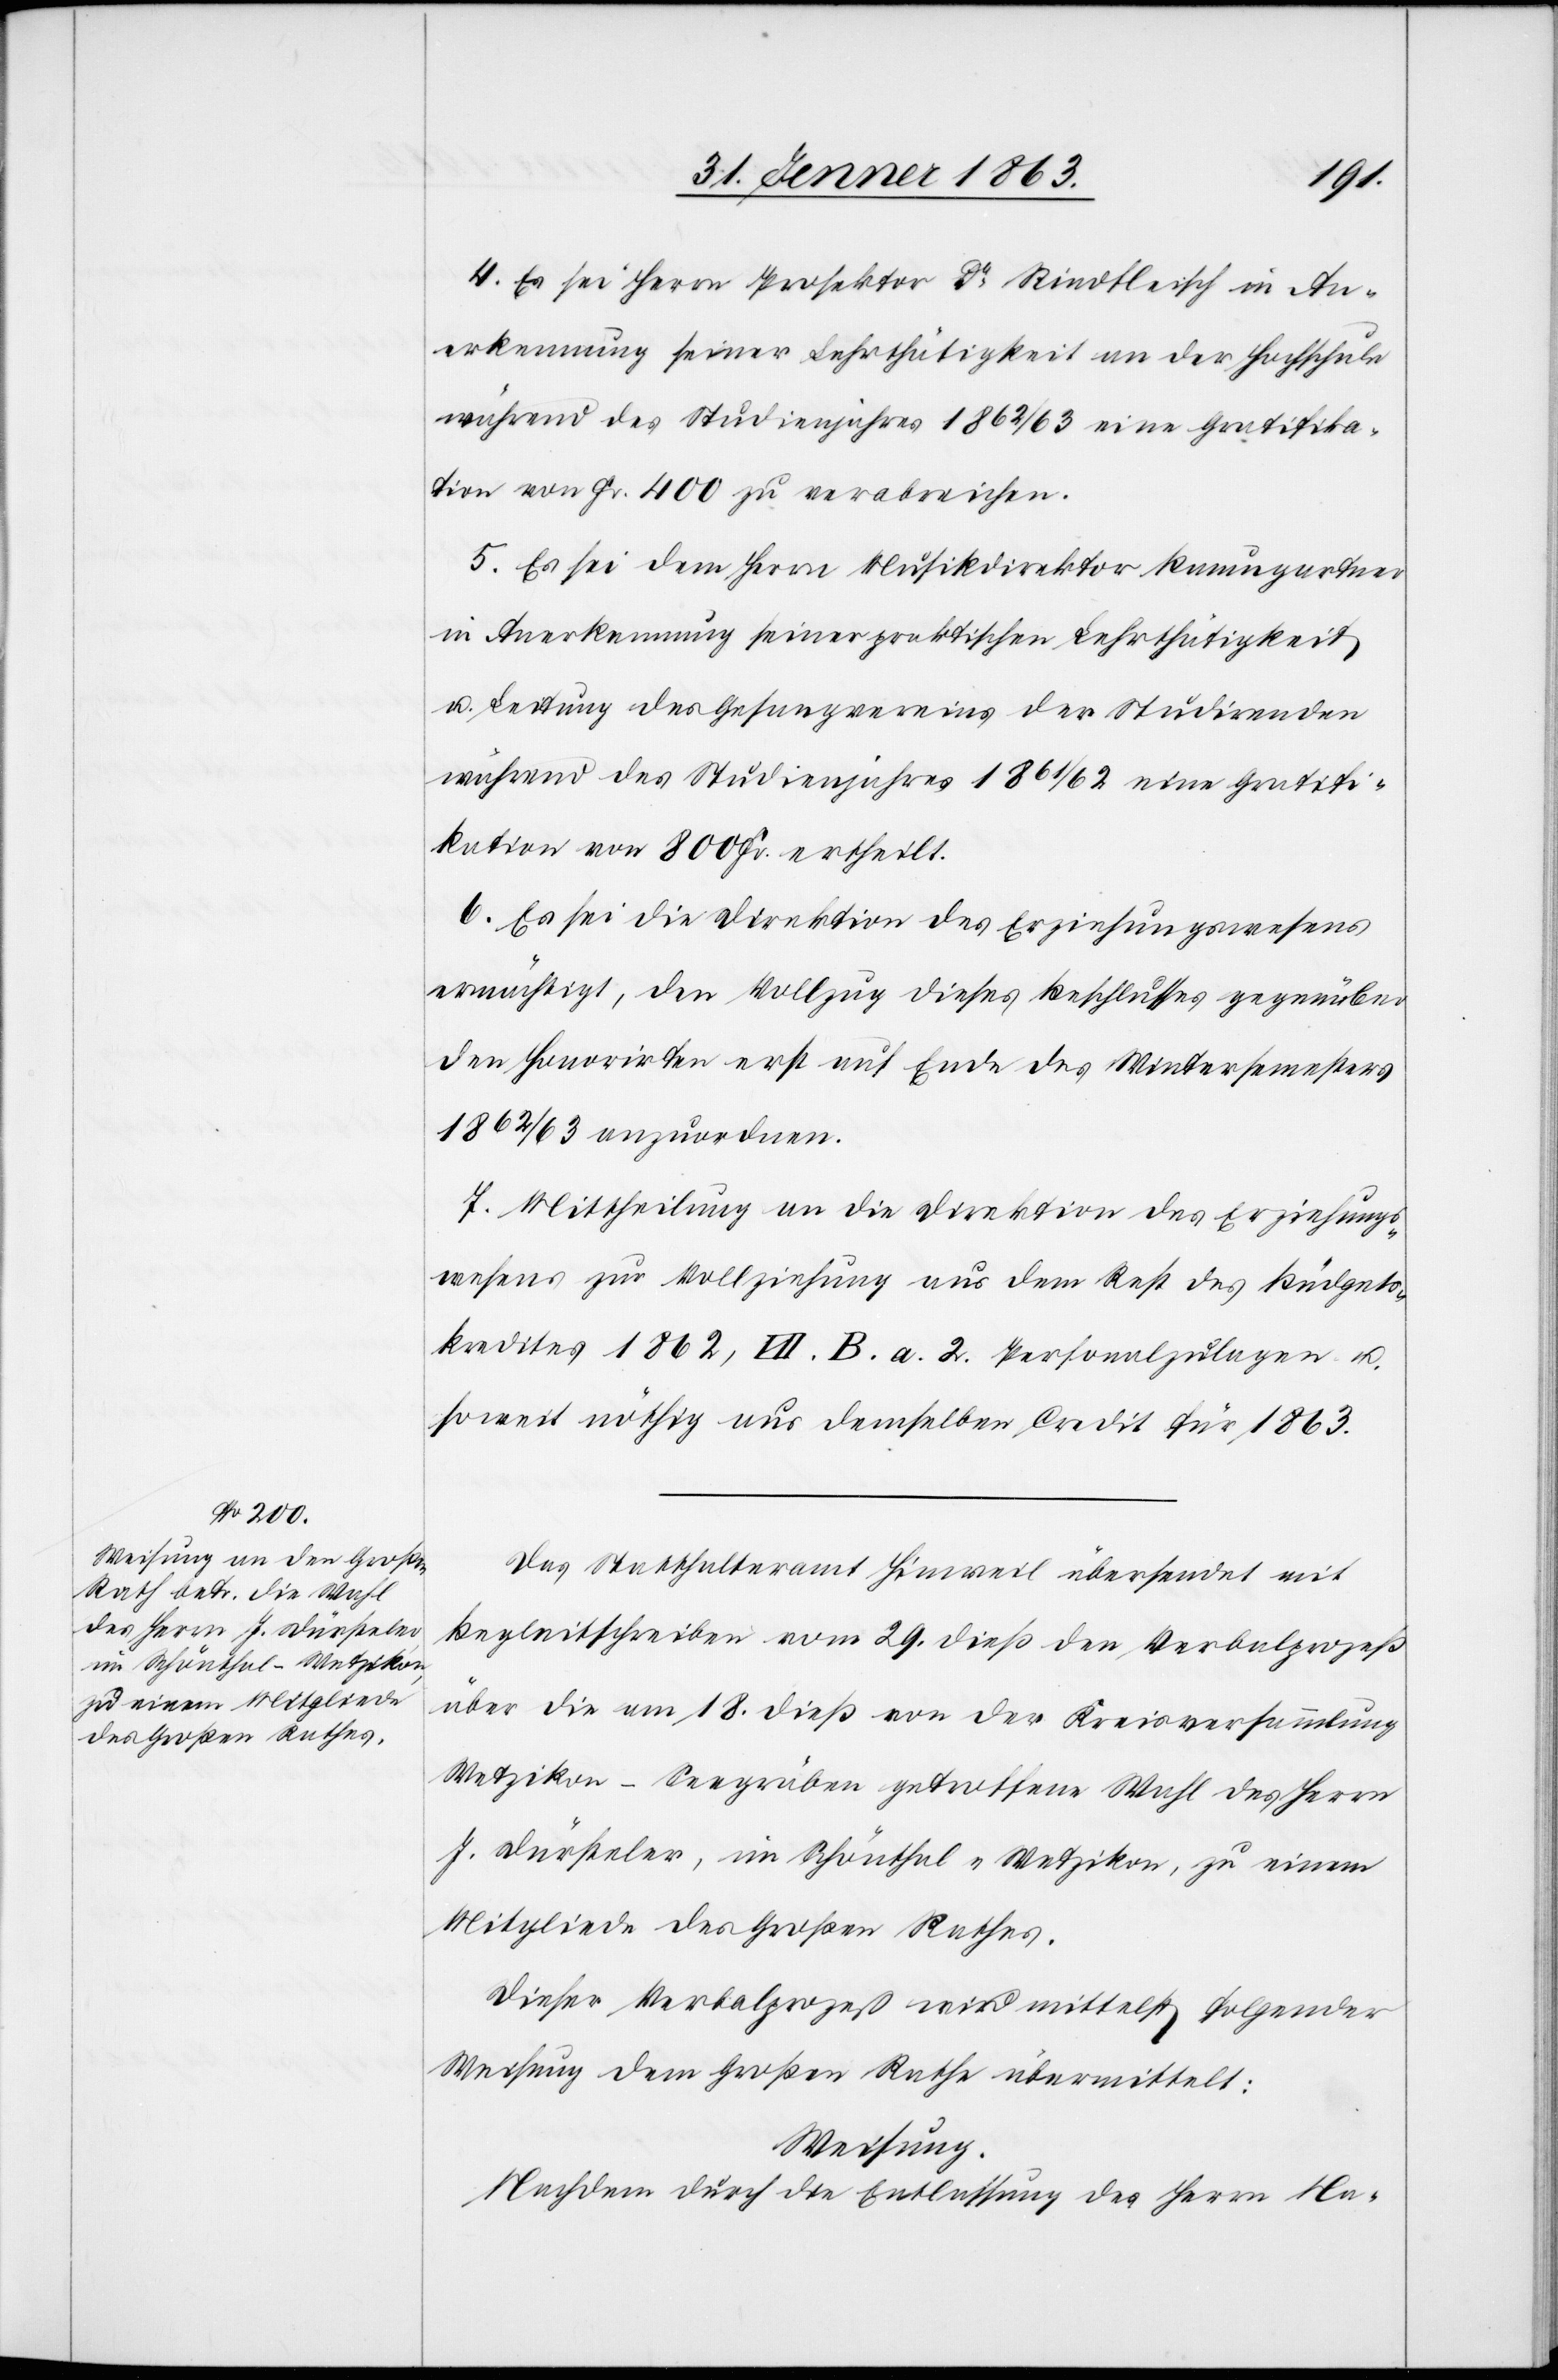
4. Es sei Herrn Prosektor Dr Rindfleisch in An¬
erkennung seiner Lehrthätigkeit an der Hochschule
während des Studienjahres 1862/63 eine Gratifika¬
tion von Fr. 400 zu verabreichen.
5. Es sei dem Herrn Musikdirektor Baumgartner
in Anerkennung seiner praktischen Lehrthätigkeit
u. Leitung des Gesangvereins der Studirenden
während des Studienjahres 1861/62 eine Gratifi¬
kation von 800 Fr. ertheilt.
6. Es sei die Direktion des Erziehungswesens
ermächtigt, den Vollzug dieses Beschlusses gegenüber
den Honorirten erst auf Ende des Wintersemesters
1862/63 anzuordnen.
7. Mittheilung an die Direktion des Erziehungs¬
wesens zur Vollziehung aus dem Rest des Büdgets¬
kredites 1862, VII. B. a. 2. Personalzulagen u.
soweit nöthig aus demselben Credit für 1863.
Das Statthalteramt Hinweil übersendet mit
Begleitschreiben vom 29. dieß den Verbalprozeß
über die am 18. dieß von der Kreisversammlung
Wetzikon-Seegräben getroffene Wahl des Herrn
J. Dürsteler, im Schönthal-Wetzikon, zu einem
Mitgliede des Großen Rathes.
Dieser Verbalprozeß wird mittelst folgender
Weisung dem Großen Rathe übermittelt:
Weisung.
Nachdem durch die Entlassung des Herrn Na-